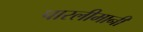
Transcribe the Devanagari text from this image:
पारलीमानी